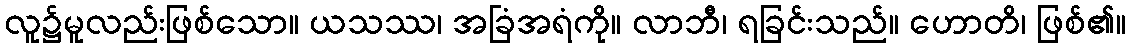
လူ၌မူလည်းဖြစ်သော။ ယသဿ၊ အခြံအရံကို။ လာဘီ၊ ရခြင်းသည်။ ဟောတိ၊ ဖြစ်၏။